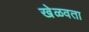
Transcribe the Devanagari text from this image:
खेळवता